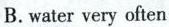
B.water very often